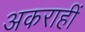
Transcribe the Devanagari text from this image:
अकराहीं